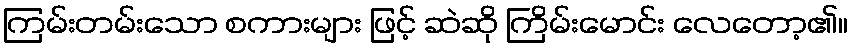
ကြမ်းတမ်းသော စကားများ ဖြင့် ဆဲဆို ကြိမ်းမောင်း လေတော့၏။